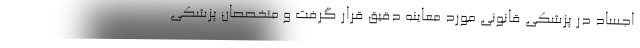
اجساد در پزشکی قانونی مورد معاینه دقیق قرار گرفت و متخصصان پزشکی